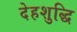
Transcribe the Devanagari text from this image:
देहशुद्धि